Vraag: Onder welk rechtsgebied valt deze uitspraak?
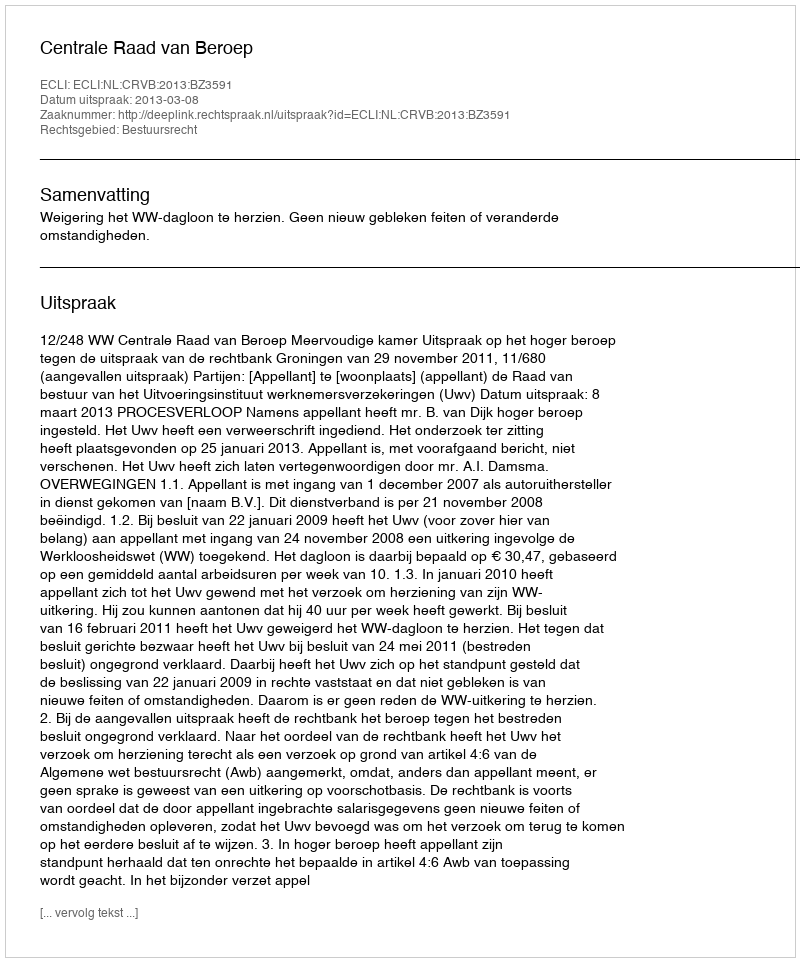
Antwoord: Bestuursrecht